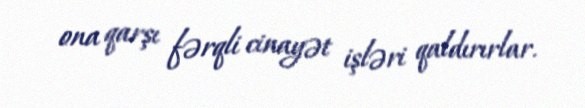
ona qarşı fərqli cinayət işləri qaldırırlar.